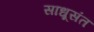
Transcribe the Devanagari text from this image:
साधूसंत